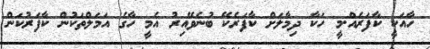
ހާއަކީ ކާފަރެއް.މީ ހަކާ ދިމާލަށް ކާފަރެކޭ ބުނެވޭއިރު އެމީ ހާގެ އަމަލްތަކުން ކާފަރުކަން